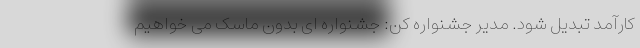
کارآمد تبدیل شود. مدیر جشنواره کن: جشنواره ای بدون ماسک می خواهیم